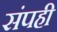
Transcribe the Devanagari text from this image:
संपही